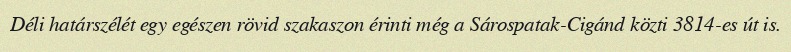
Déli határszélét egy egészen rövid szakaszon érinti még a Sárospatak-Cigánd közti 3814-es út is.